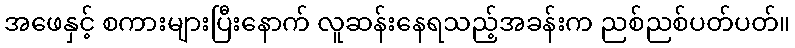
အဖေနှင့် စကားများပြီးနောက် လူဆန်းနေရသည့်အခန်းက ညစ်ညစ်ပတ်ပတ်။